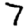
Digit: 7